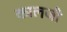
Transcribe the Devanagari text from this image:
कालजी